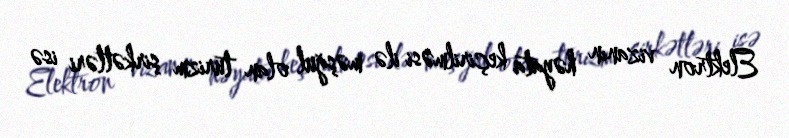
Elektron vizanın həyata keçirilməsi ilə məşğul olan turizm şirkətləri isə